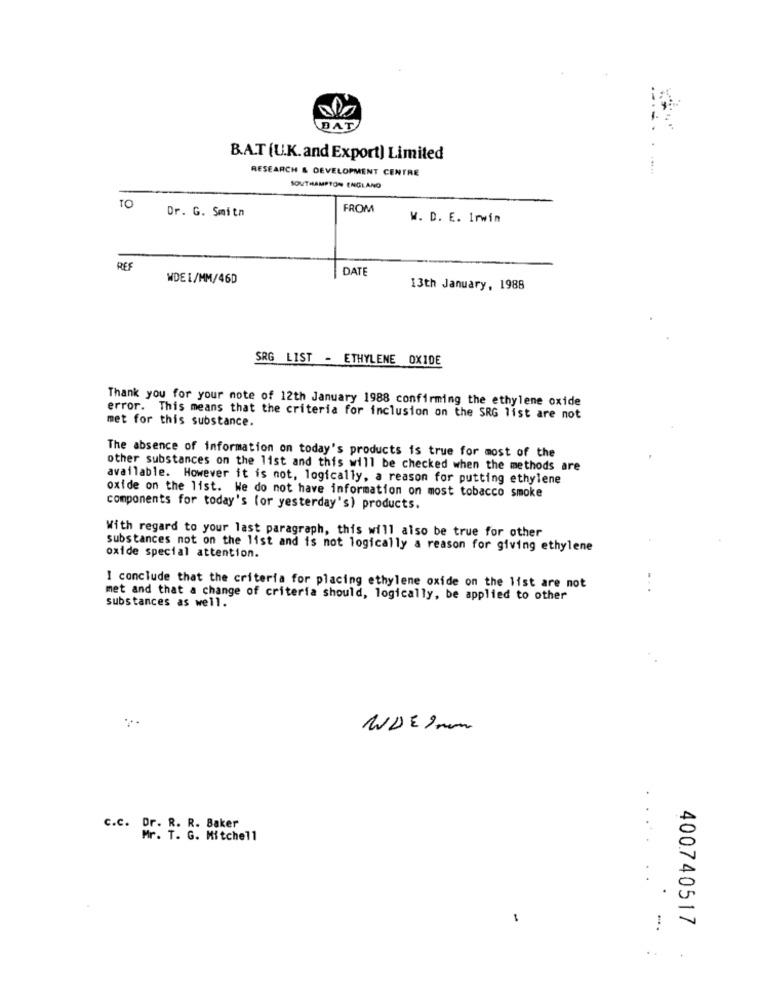
BAT
B.A.T (U.K. and Export) Limited
RESEARCH & DEVELOPMENT CENTRE
SOUTHAMPTON ENGLAND
TO
Dr. G. Smith
FROM
W. D. E. Irwin
REF
DATE
WDEI/MM/46D
13th January, 1988
SRG LIST - ETHYLENE OXIDE
Thank you for your note of 12th January 1988 confirming the ethylene oxide
met for this substance.
error. This means that the criteria for inclusion on the SRG list are not
The absence of information on today's products is true for most of the
other substances on the list and this will be checked when the methods are
available. However it is not, logically, a reason for putting ethylene
oxide on the list. We do not have information on most tobacco smoke
components for today's (or yesterday's) products.
With regard to your last paragraph, this will also be true for other
substances not on the list and is not logically a reason for giving ethylene
oxide special attention.
..
I conclude that the criteria for placing ethylene oxide on the list are not
met and that a change of criteria should, logically, be applied to other
substances as well.
WDEInn
C.c. Dr. R. R. Baker
Mr. T. G. Mitchell
.
400740517